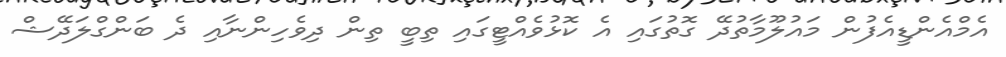
އެމްއެންޑީއެފުން މައުލޫމާތުދޭ ގޮތުގައި އެ ކޮޅުވެއްޓީގައި ތިބީ ތިން ދިވެހިންނާއި ދެ ބަންގްލަދޭޝް